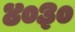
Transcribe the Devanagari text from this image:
४०३०